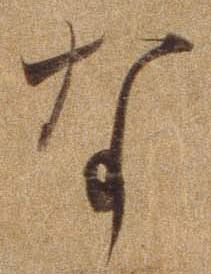
な